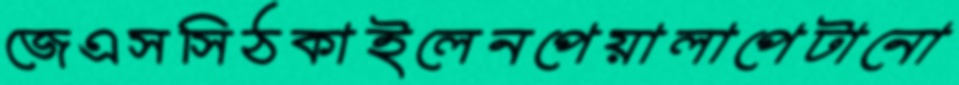
জেএসসিঠকাইলেনপেয়ালাপেটানো